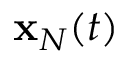
{ \bf x } _ { N } ( t )